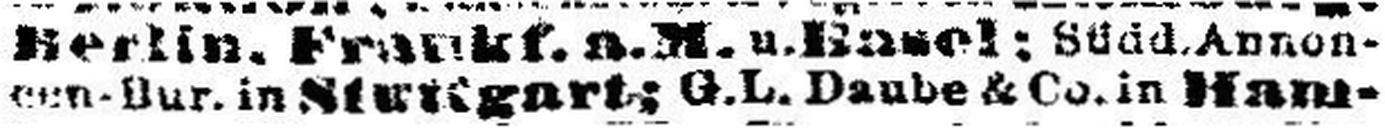
###.Nur. in Stuttgart; G.L. Daube & Co. in Ham¬